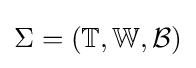
\Sigma =(\mathbb {T} ,\mathbb {W} ,{\mathcal {B}})